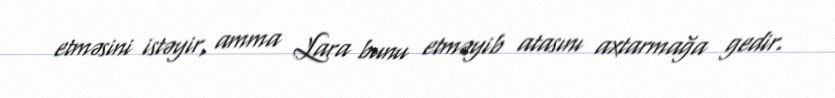
etməsini istəyir, amma Lara bunu etməyib atasını axtarmağa gedir.